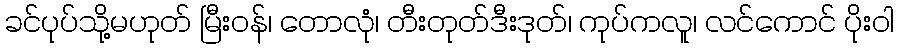
ခင်ပုပ်သို့မဟုတ် မြီးဝန်၊ တောလုံ၊ တီးတုတ်ဒီးဒုတ်၊ ကုပ်ကလူ၊ လင်ကောင် ပိုးဝါ